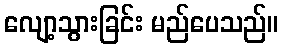
လျော့သွားခြင်း မည်ပေသည်။